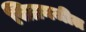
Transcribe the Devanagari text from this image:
सिम्रनजीत